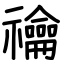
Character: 禴